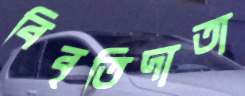
বিবৃতিদাতা